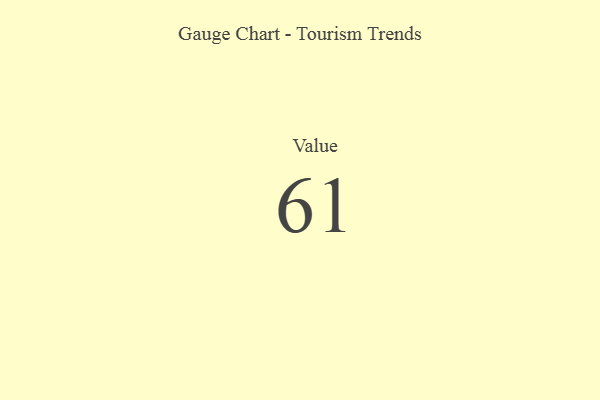
{"axis": {"x": "Metric", "y": "Value"}, "legend": [""], "data": [{"x": "Value", "y": 61, "type": ""}]}